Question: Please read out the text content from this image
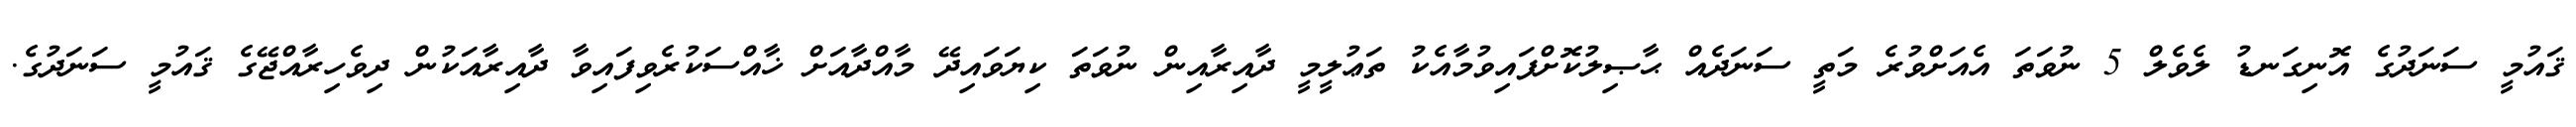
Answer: ޤައުމީ ސަނަދުގެ އޮނިގަނޑު ލެވެލް 5 ނުވަތަ އެއަށްވުރެ މަތީ ސަނަދެއް ޙާޞިލުކޮށްފައިވުމާއެކު ތަޢުލީމީ ދާއިރާއިން ނުވަތަ ކިޔަވައިދޭ މާއްދާއަށް ޚާއްސަކުރެވިފައިވާ ދާއިރާއަކުން ދިވެހިރާއްޖޭގެ ޤައުމީ ސަނަދުގެ.